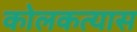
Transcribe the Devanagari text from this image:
कोलकत्यास